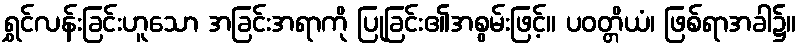
ရွှင်လန်းခြင်းဟူသော အခြင်းအရာကို ပြုခြင်း၏အစွမ်းဖြင့်။ ပဝတ္တိယံ၊ ဖြစ်ရာအခါ၌။